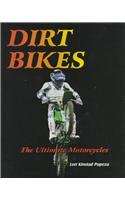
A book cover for Dirt Bikes (Ultimate Motorcycle Series); Lori K. Pupeza; Children's Books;